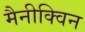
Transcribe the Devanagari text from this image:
मैनीक्विन